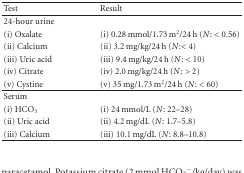
| Test | Result |
 | --- | --- |
 | 24-hour urine |  |
 | (i) Oxalate | (i) 0.28 mmol/1.73 m2/24 h (N: < 0.56) |
 | (ii) Calcium | (ii) 3.2 mg/kg/24 h (N:< 4) |
 | (iii) Uric acid | (iii) 9.4 mg/kg/24 h (N: < 10) |
 | (iv) Citrate | (iv) 2.0 mg/kg/24 h (N: > 2) |
 | (v) Cystine | (v) 35 mg/1.73 m2/24 h (N: < 60) |
 | Serum |  |
 | (i) HCO3 | (i) 24 mmol/L (N: 22–28) |
 | (ii) Uric acid | (ii) 4.2 mg/dL (N: 1.7–5.8) |
 | (iii) Calcium | (iii) 10.1 mg/dL (N: 8.8–10.8) |